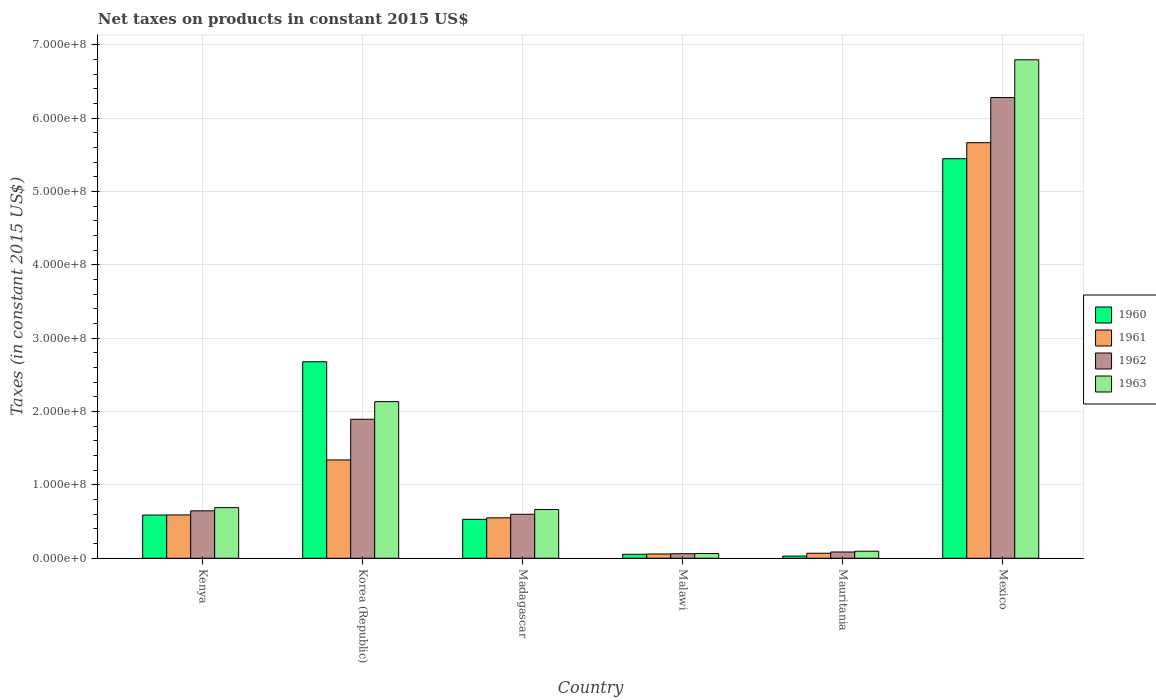
| Country | 1960 | 1961 | 1962 | 1963 |
 | --- | --- | --- | --- | --- |
 | Kenya | 5.89e+07 | 5.91e+07 | 6.47e+07 | 6.9e+07 |
 | Korea (Republic) | 2.68e+08 | 1.34e+08 | 1.89e+08 | 2.13e+08 |
 | Madagascar | 5.31e+07 | 5.51e+07 | 6e+07 | 6.64e+07 |
 | Malawi | 5.46e+06 | 5.88e+06 | 6.16e+06 | 6.44e+06 |
 | Mauritania | 3e+06 | 6.85e+06 | 8.56e+06 | 9.63e+06 |
 | Mexico | 5.45e+08 | 5.66e+08 | 6.28e+08 | 6.79e+08 |